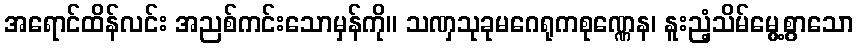
အရောင်ထိန်လင်း အညစ်ကင်းသောမှန်ကို။ သဏှသုခုမဂေရုကစုဏ္ဏေန၊ နူးညံ့သိမ်မွေ့စွာသော